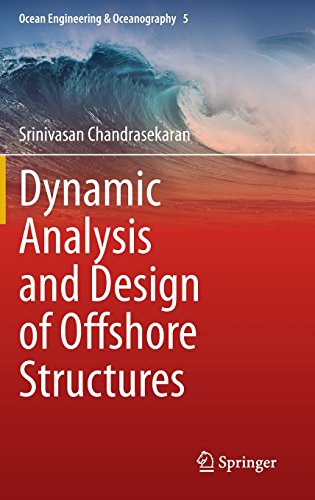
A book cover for Dynamic Analysis and Design of Offshore Structures (Ocean Engineering & Oceanography); Srinivasan Chandrasekaran; Engineering & Transportation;